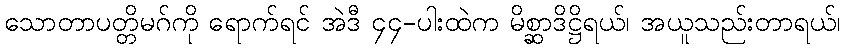
သောတာပတ္တိမဂ်ကို ရောက်ရင် အဲဒီ ၄၄-ပါးထဲက မိစ္ဆာဒိဋ္ဌိရယ်၊ အယူသည်းတာရယ်၊